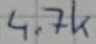
Text: 4.7k